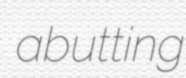
abutting